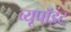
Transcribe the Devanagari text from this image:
व्यूपॉइंट